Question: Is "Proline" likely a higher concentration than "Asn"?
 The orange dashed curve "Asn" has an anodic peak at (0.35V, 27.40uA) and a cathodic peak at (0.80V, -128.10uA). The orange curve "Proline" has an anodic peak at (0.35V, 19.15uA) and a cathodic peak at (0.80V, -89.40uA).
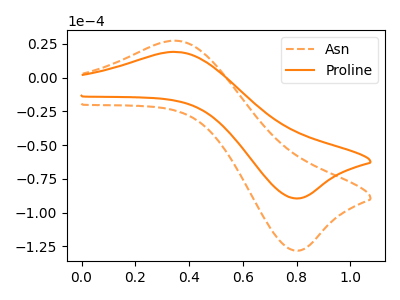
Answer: <think>All the peaks in "Proline" have a peak in "Asn" at the same potential. Every peak in "Proline" is lower than every peak in "Asn".
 </think>
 <answer>"Proline" has less signal than "Asn".</answer>
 <eval>less_signal</eval>